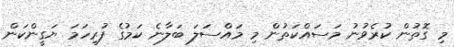
މި ގޮތުން ކުރެވުނު މަސައްކަތުން މި މައްސަލަ ބަލާނެ ކަމުގެ ފުރިހަމަ ޔަގީންކަން